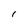
Character: l